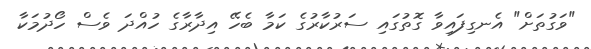
"ވަގުތަށް" އެނގިފައިވާ ގޮތުގައި ސަރުކާރުގެ ކަމާ ބެހޭ އިދާރާގެ ހުއްދަ ވެސް ހޯދުމަކާ